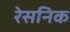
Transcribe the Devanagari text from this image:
रेसनिक